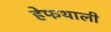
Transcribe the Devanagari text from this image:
हेफथाली